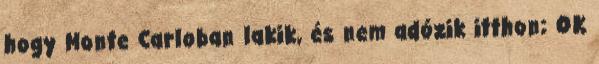
hogy Monte Carloban lakik, és nem adózik itthon; OK